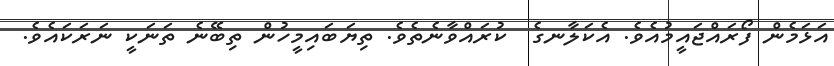
އަޅަމެން ފޯރައްޖައީމުއެވެ. އެކަލާނގެ  ކުރައްވާނެތެވެ. ތިޔަބައިމީހުން ތިބޭނެ ތަނަކީ ނަރަކައެވެ.